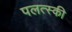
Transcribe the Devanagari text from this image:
पलत्स्की